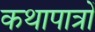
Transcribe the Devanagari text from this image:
कथापात्रों